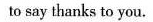
to say thanks to you.